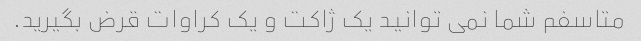
متاسفم شما نمی توانید یک ژاکت و یک کراوات قرض بگیرید.